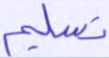
تسليم